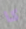
كا